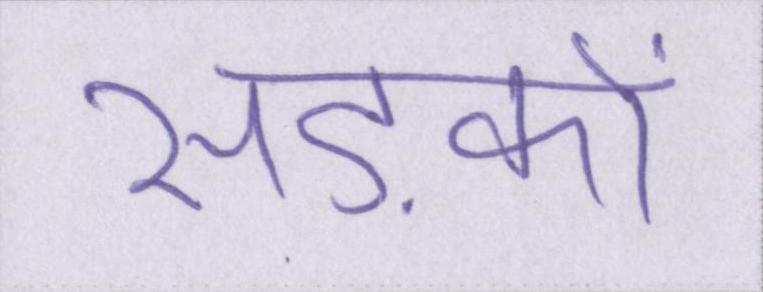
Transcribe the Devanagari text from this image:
सड़कों